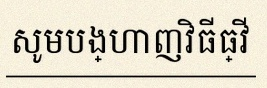
សូមបង្ហាញវិធីធ្វើ